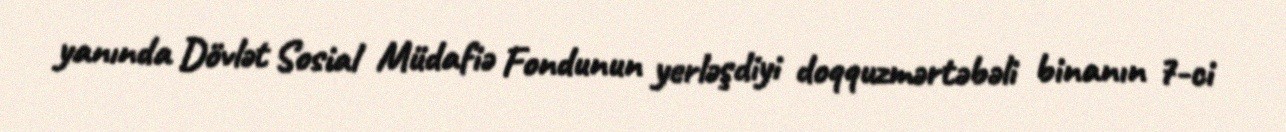
yanında Dövlət Sosial Müdafiə Fondunun yerləşdiyi doqquzmərtəbəli binanın 7-ci